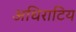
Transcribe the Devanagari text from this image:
अधिराटिय